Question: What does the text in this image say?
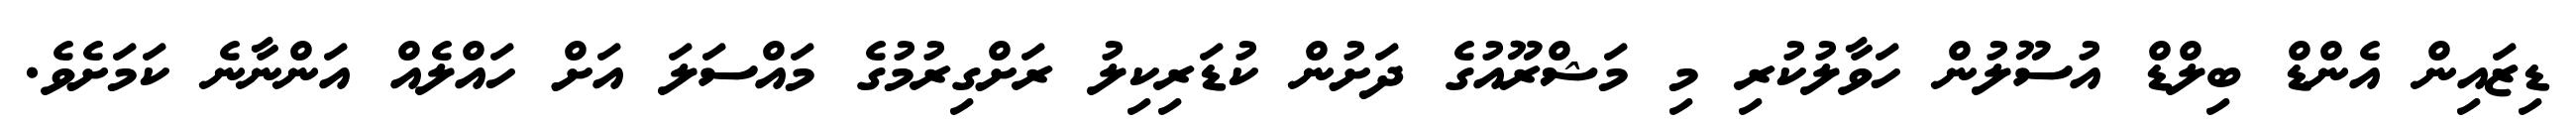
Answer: ޑިޒައިން އެންޑް ބިލްޑް އުސޫލުން ހަވާލުކުރި މި މަޝްރޫއުގެ ދަށުން ކުޑަރިކިލު ރަށްގިރުމުގެ މައްސަލަ އަށް ހައްލެއް އަންނާނެ ކަމަށެވެ.